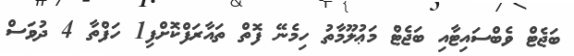
ބަޖެޓް ވެބްސައިޓާއި ބަޖެޓް މަޢުލޫމާތު ހިމެނޭ ފޮތް ތައާރަފްކޮށްފި1 ހަފްތާ 4 ދުވަސް